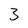
Character: 3